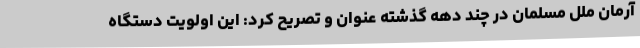
آرمان ملل مسلمان در چند دهه گذشته عنوان و تصریح کرد: این اولویت دستگاه